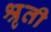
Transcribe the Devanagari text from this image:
श्रृती